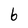
Character: 6